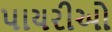
પાયરીઓ